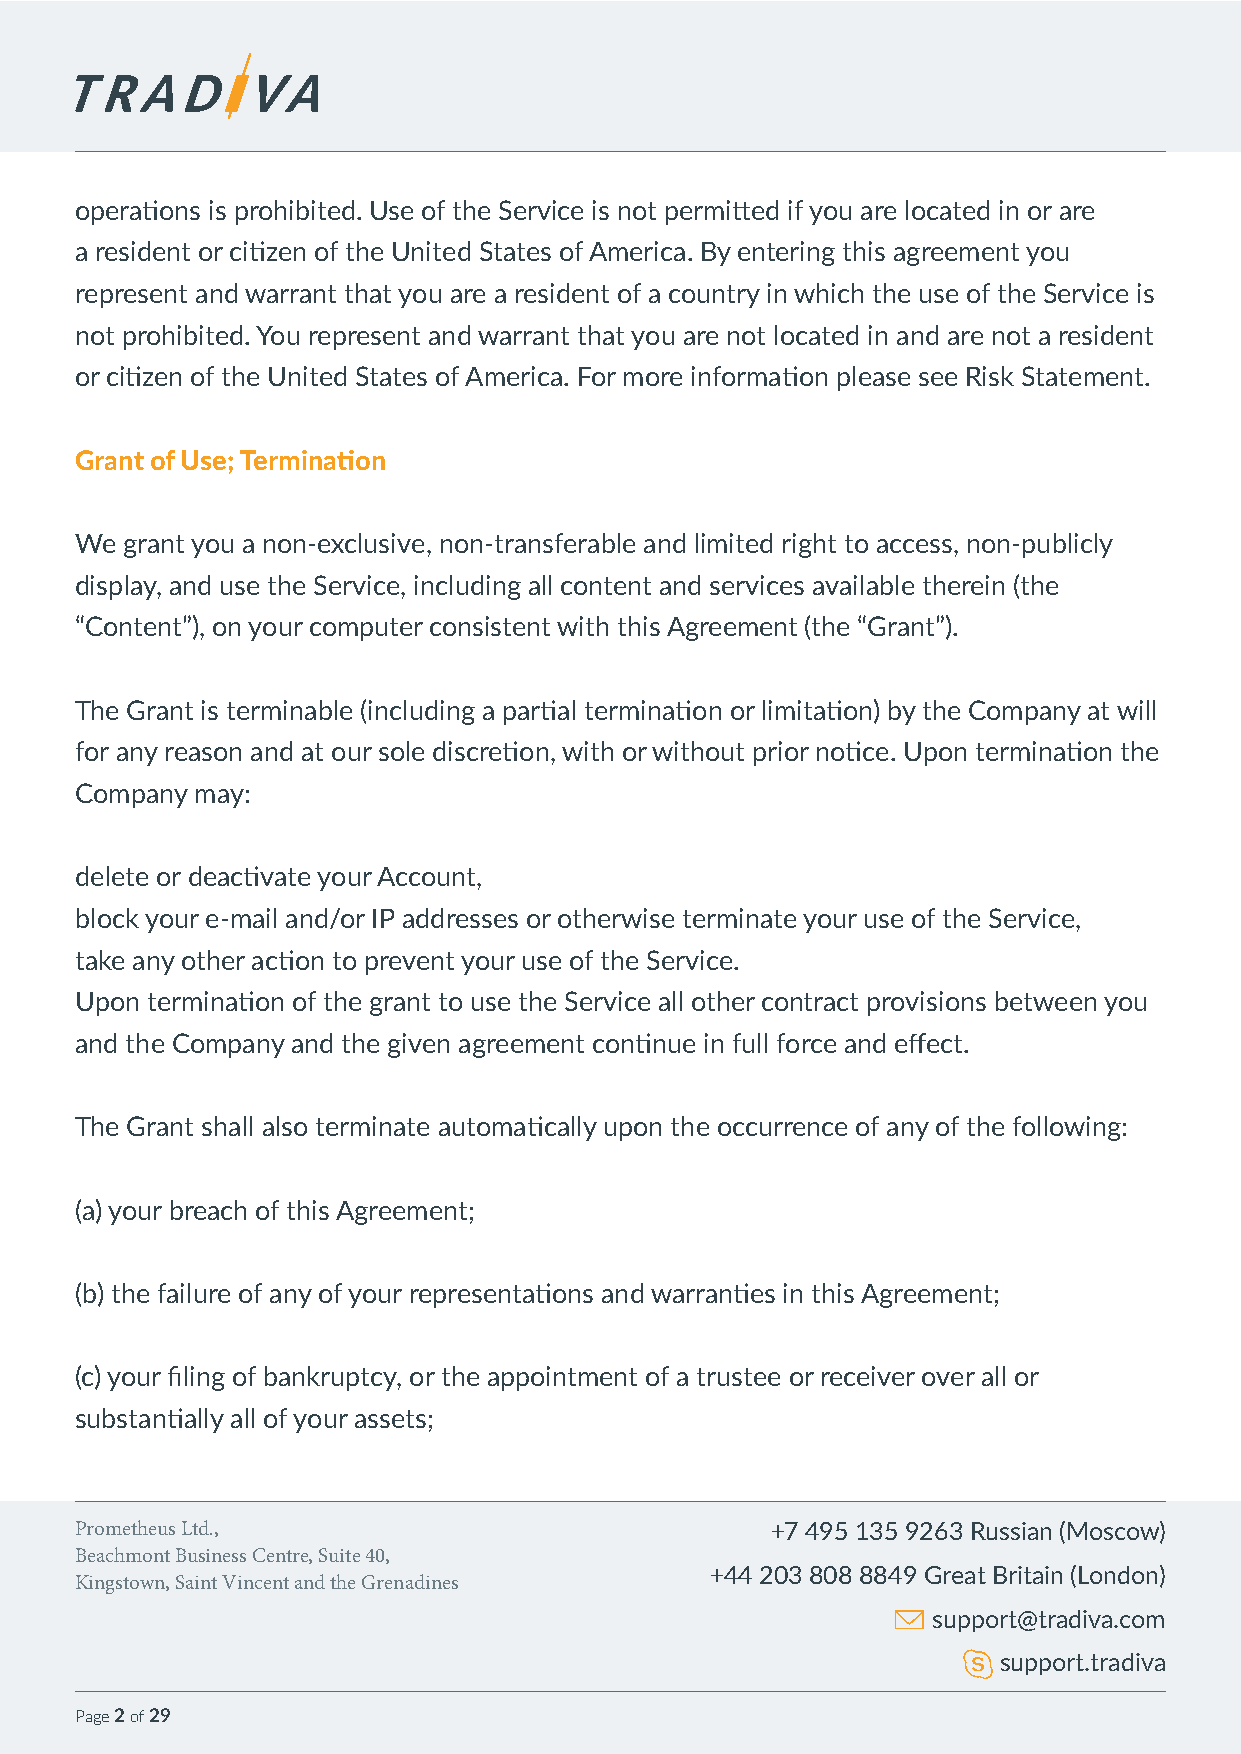
operations is prohibited. Use of the Service is not permitted if you are located in or are
 a resident or citizen of the United States of America. By entering this agreement you
 represent and warrant that you are a resident of a country in which the use of the Service is
 not prohibited. You represent and warrant that you are not located in and are not a resident
 or citizen of the United States of America. For more information please see Risk Statement.
 Grant of Use; Termination
 We grant you a non-exclusive, non-transferable and limited right to access, non-publicly
 display, and use the Service, including all content and services available therein (the
 “Content”), on your computer consistent with this Agreement (the “Grant”).
 The Grant is terminable (including a partial termination or limitation) by the Company at will
 for any reason and at our sole discretion, with or without prior notice. Upon termination the
 Company may:
 delete or deactivate your Account,
 block your e-mail and/or IP addresses or otherwise terminate your use of the Service,
 take any other action to prevent your use of the Service.
 Upon termination of the grant to use the Service all other contract provisions between you
 and the Company and the given agreement continue in full force and effect.
 The Grant shall also terminate automatically upon the occurrence of any of the following:
 (a) your breach of this Agreement;
 (b) the failure of any of your representations and warranties in this Agreement;
 (c) your filing of bankruptcy, or the appointment of a trustee or receiver over all or
 substantially all of your assets;
 Prometheus Ltd.,                              +7 495 135 9263 Russian (Moscow)
 Beachmont Business Centre, Suite 40,
 +44 203 808 8849 Great Britain (London)
 Kingstown, Saint Vincent and the Grenadines
 support@tradiva.com
 support.tradiva
 Page 2 of 29